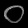
Digit: ၀